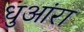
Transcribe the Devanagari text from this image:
धुआंरा